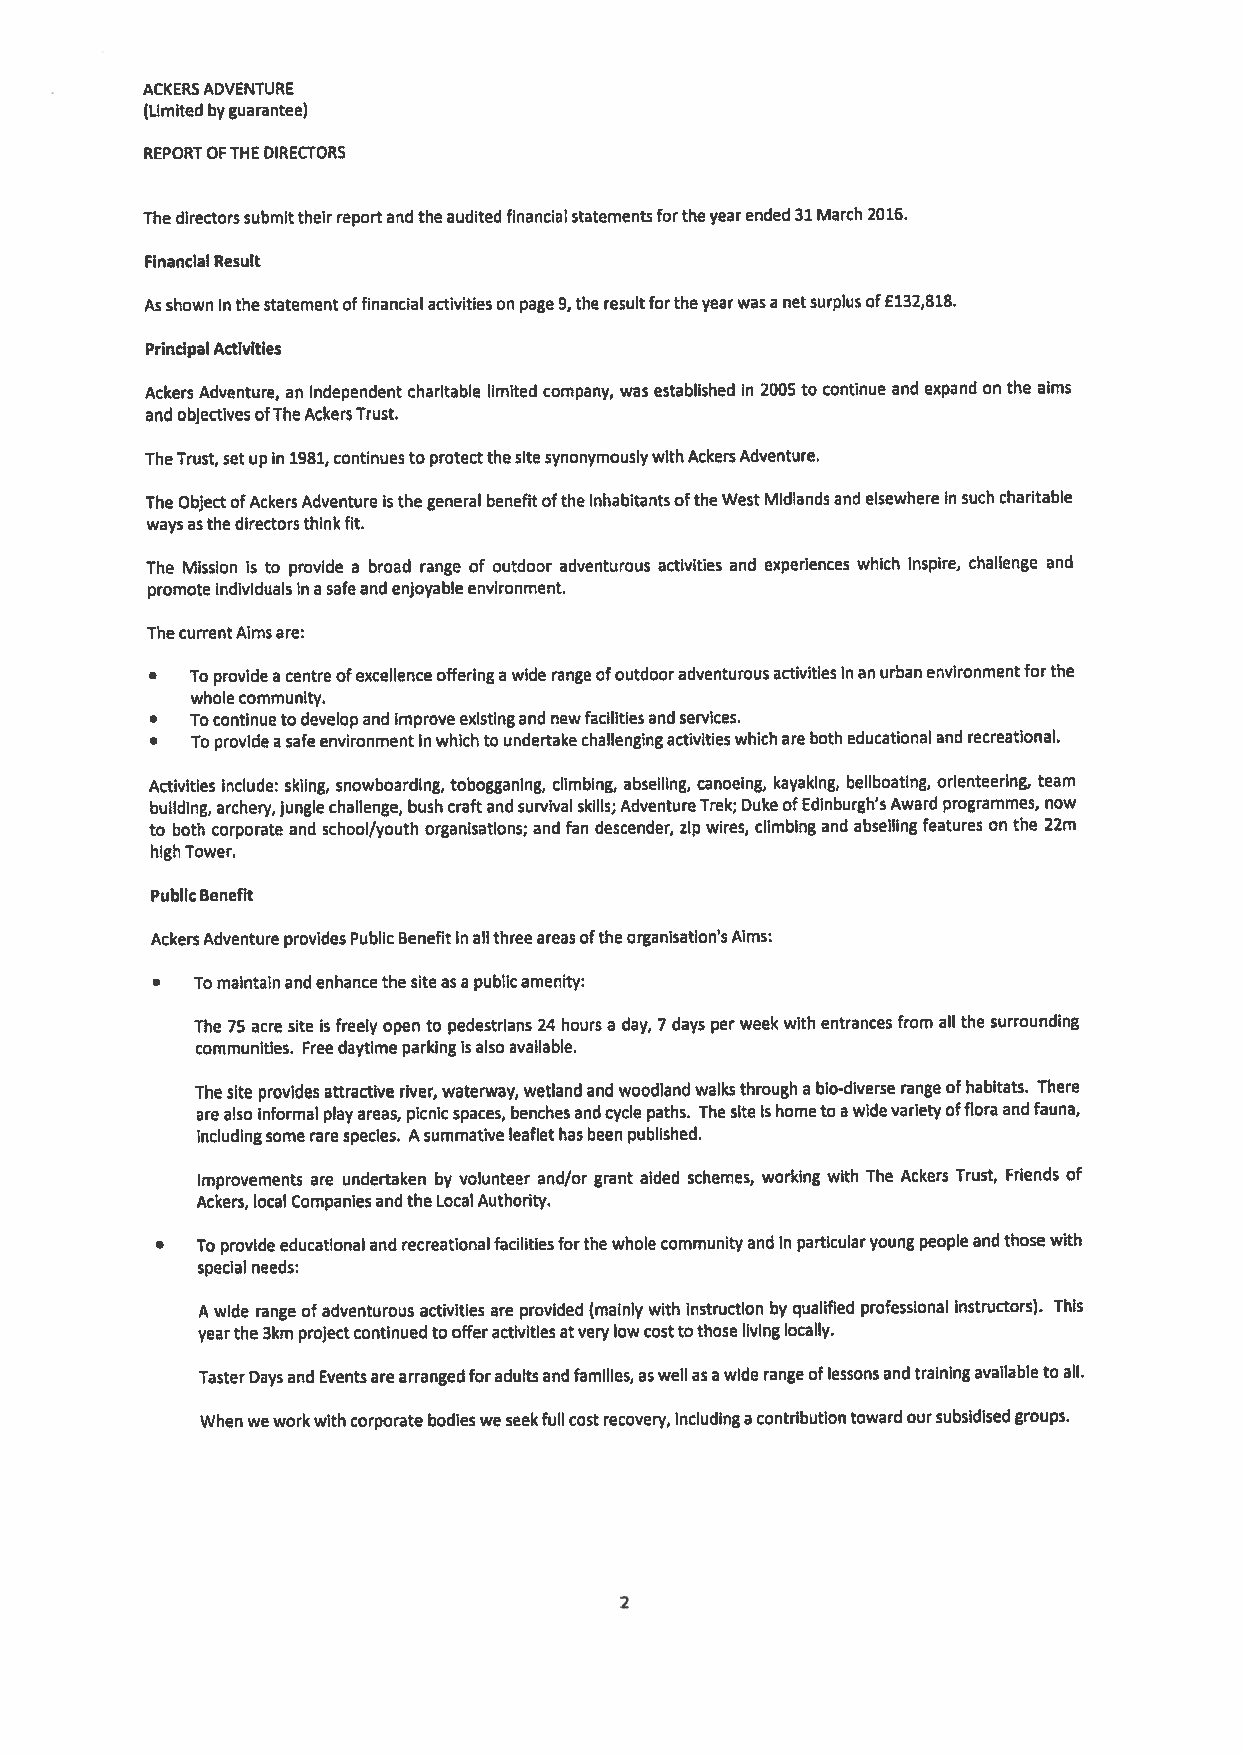
ACKERSADVENTURE
 (Limited byguarantee)
 REPORTOFTHEDIRECTORS
 Thedirectorssubmittheirreportandthe audited financialstatementsfortheyearended31March2016.
 FinancialResult
 Asshown Inthestatementoffinancialactivitieson page9,the resultfortheyearwasa netsurplusof£132,818.
 PrincipalActivities
 Ackers Adventure, an independent charitable limited company, was established In 2005 to continue and expand on the aims
 andobjectivesofTheAckersTrust.
 TheTrust, setupIn 1981, continuesto protectthesitesynonymouslywithAckersAdventure.
 The ObjectofAckersAdventureisthe general benefitofthe inhabitantsoftheWest Midlands and elsewhereInsuch charitable
 waysasthedirectorsthinkfit.
 The Mission is to provide a broad range of outdoor adventurous activities and experiences which inspire, chalienge and
 promoteindividualsin asafeandenjoyableenvironment.
 ThecurrentAimsare:
 •  To provide a centreofexcellenceofferinga wide range ofoutdooradventurousactivitiesInanurbanenvironmentforthe
 wholecommunity.
 •  Tocontinuetodevelopandimprove existingand newfacilitiesandservices.
 •  To providea safeenvironmentinwhichto undertakechallengingactivitieswhicharebotheducationaland recreational.
 Activities include: skiing, snowboarding, tobogganing, climbing, abseiling, canoeing, kayaking, beilboating, orienteering, team
 building, archery,junglechallenge, bush craftandsurvivalskills; AdventureTrek;DukeofEdinburgh’sAward programmes, now
 to both corporate and school/youth organisatlons; and fan descender, zip wires, climbing and abseiling features on the 22m
 highTower.
 PublicBenefit
 AckersAdventureprovides PublicBenefitinallthreeareasoftheorganisation’sAims:
 •  To maintain andenhancethe siteasa publicamenity:
 The 75 acre site is freely open to pedestrians 24 hours a day, 7 days per week with entrancesfrom all the surrounding
 communities. Free daytime parkingisalsoavailable.
 The site providesattractive river,waterway,wetland and woodlandwalksthrough a bio-diverse range ofhabitats. There
 arealso informal playareas, picnicspaces, benchesandcycle paths. The siteishometo awidevarietyoffloraandfauna,
 includingsometarespecies. Asummative leaflethasbeen published.
 improvements are undertaken by volunteer and/or grant aided schemes, working with The Ackers Trust, Friends of
 Ackers, local CompaniesandtheLocalAuthority.
 •  To provide educationaland recreationalfacilitiesforthewholecommunityandin particularyoung people andthosewith
 special needs:
 A wide range of adventurous activities are provided (mainly with instruction by qualified professional instructors). This
 yearthe3kmprojectcontinuedto offeractivitiesatverylowcosttothose livinglocally.
 lasterDaysand Eventsarearrangedforadultsandfamilies,aswellasawiderange oflessonsandtrainingavailabletoall.
 Whenweworkwithcorporatebodieswe seekfullcostrecovery, includinga contributiontoward oursubsidisedgroups.
 2